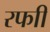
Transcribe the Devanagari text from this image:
रफाी